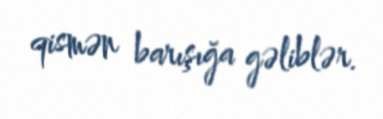
qismən barışığa gəliblər.